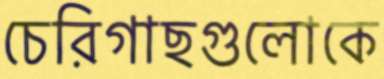
চেরিগাছগুলোকে